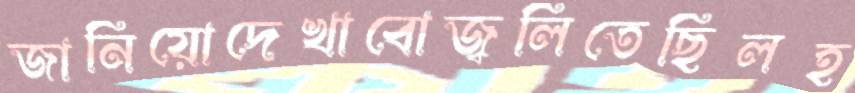
জানিয়োদেখাবোজ্বলিতেছিলহ